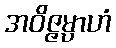
အဝိဇ္ဇမ္ပာဟံ